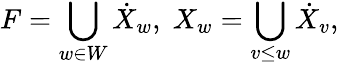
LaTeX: F=\bigcup_{w\in W}\dot{X}_{w},\; X_{w}=\bigcup_{v\leq w}\dot{X}_{v},